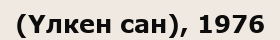
(Үлкен сан), 1976